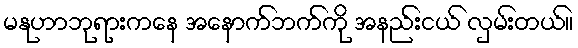
မနုဟာဘုရားကနေ အနောက်ဘက်ကို အနည်းငယ် လှမ်းတယ်။